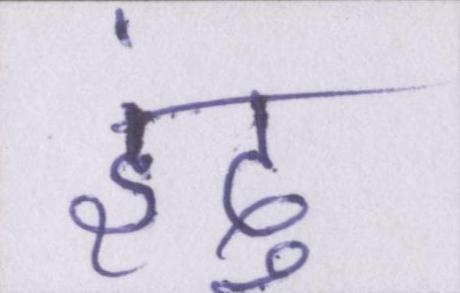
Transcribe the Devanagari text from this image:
इंदु